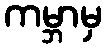
ကမ္ဘာမှ